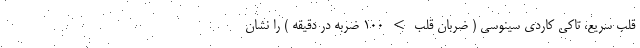
قلب سریع، تاکی کاردی سینوسی ( ضربان قلب > 100 ضربه در دقیقه ) را نشان